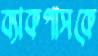
ব্যাকপাসকে